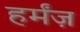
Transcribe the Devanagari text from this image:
हर्मंज़